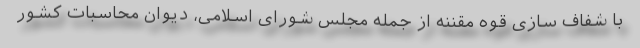
با شفاف سازی قوه مقننه از جمله مجلس شورای اسلامی، دیوان محاسبات کشور